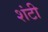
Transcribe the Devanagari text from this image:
शंटी